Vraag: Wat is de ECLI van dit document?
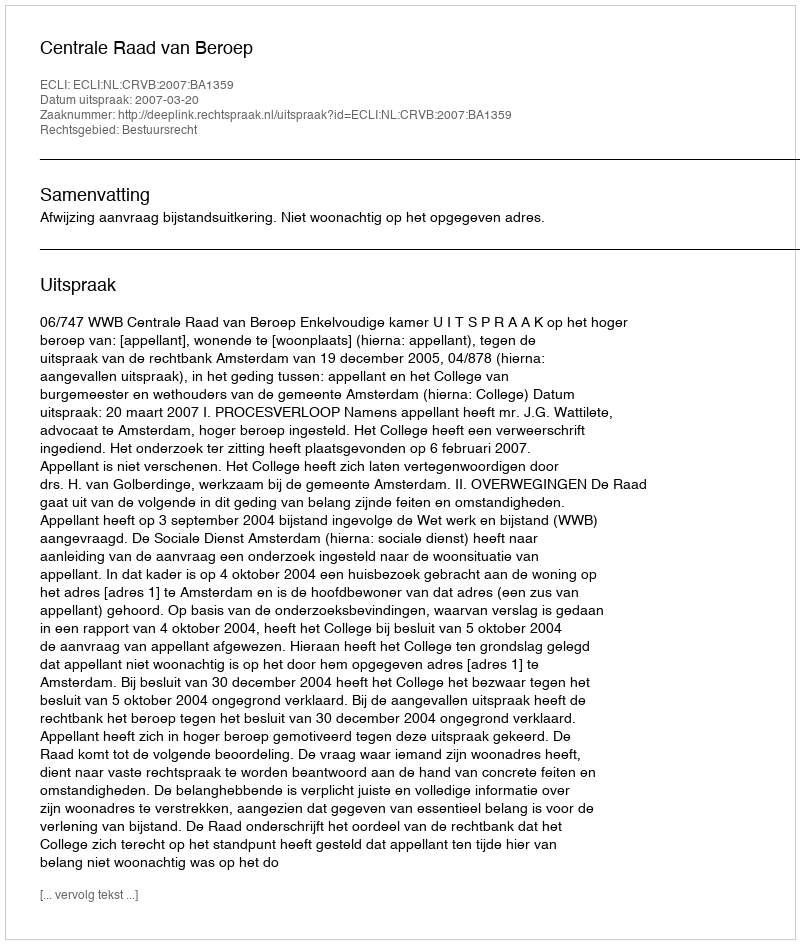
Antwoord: ECLI:NL:CRVB:2007:BA1359